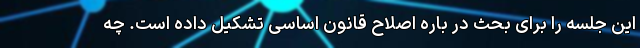
این جلسه را برای بحث در باره اصلاح قانون اساسی تشکیل داده است. چه